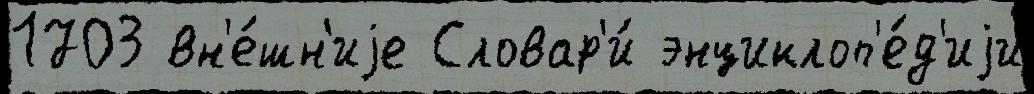
1703 вн'е́шн'иjе Словар'и́ энциклоп'е́д'иjи